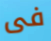
فى